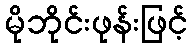
မိုဘိုင်းဖုန်းဖြင့်